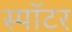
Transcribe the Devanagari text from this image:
स्पॉटर